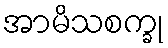
အာမိသစက္ခု